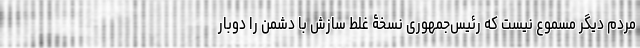
مردم دیگر مسموع نیست که رئیس‌جمهوری نسخۀ غلط سازش با دشمن را دوبار